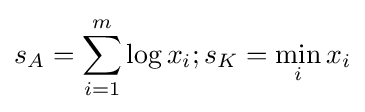
s_{A}=\sum _{i=1}^{m}\log x_{i};s_{K}=\min _{i}x_{i}